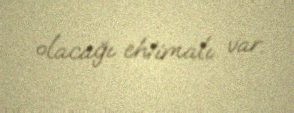
olacağı ehtimalı var.